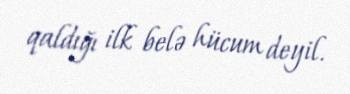
qaldığı ilk belə hücum deyil.